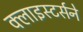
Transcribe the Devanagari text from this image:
क्लाइस्टर्सने